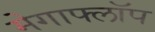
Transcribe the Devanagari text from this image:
मेगाफ्लॉप